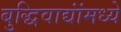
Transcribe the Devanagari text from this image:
बुद्धिवाद्यांंमध्ये